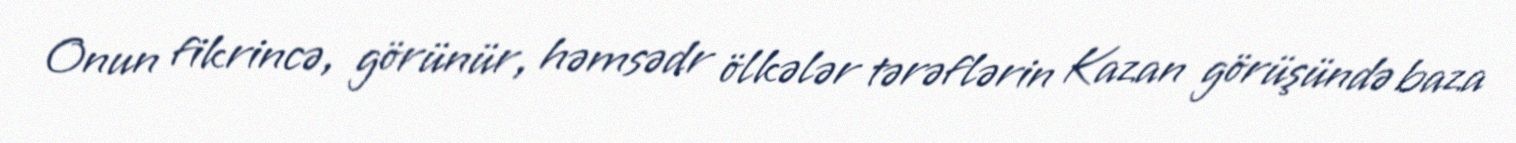
Onun fikrincə, görünür, həmsədr ölkələr tərəflərin Kazan görüşündə baza